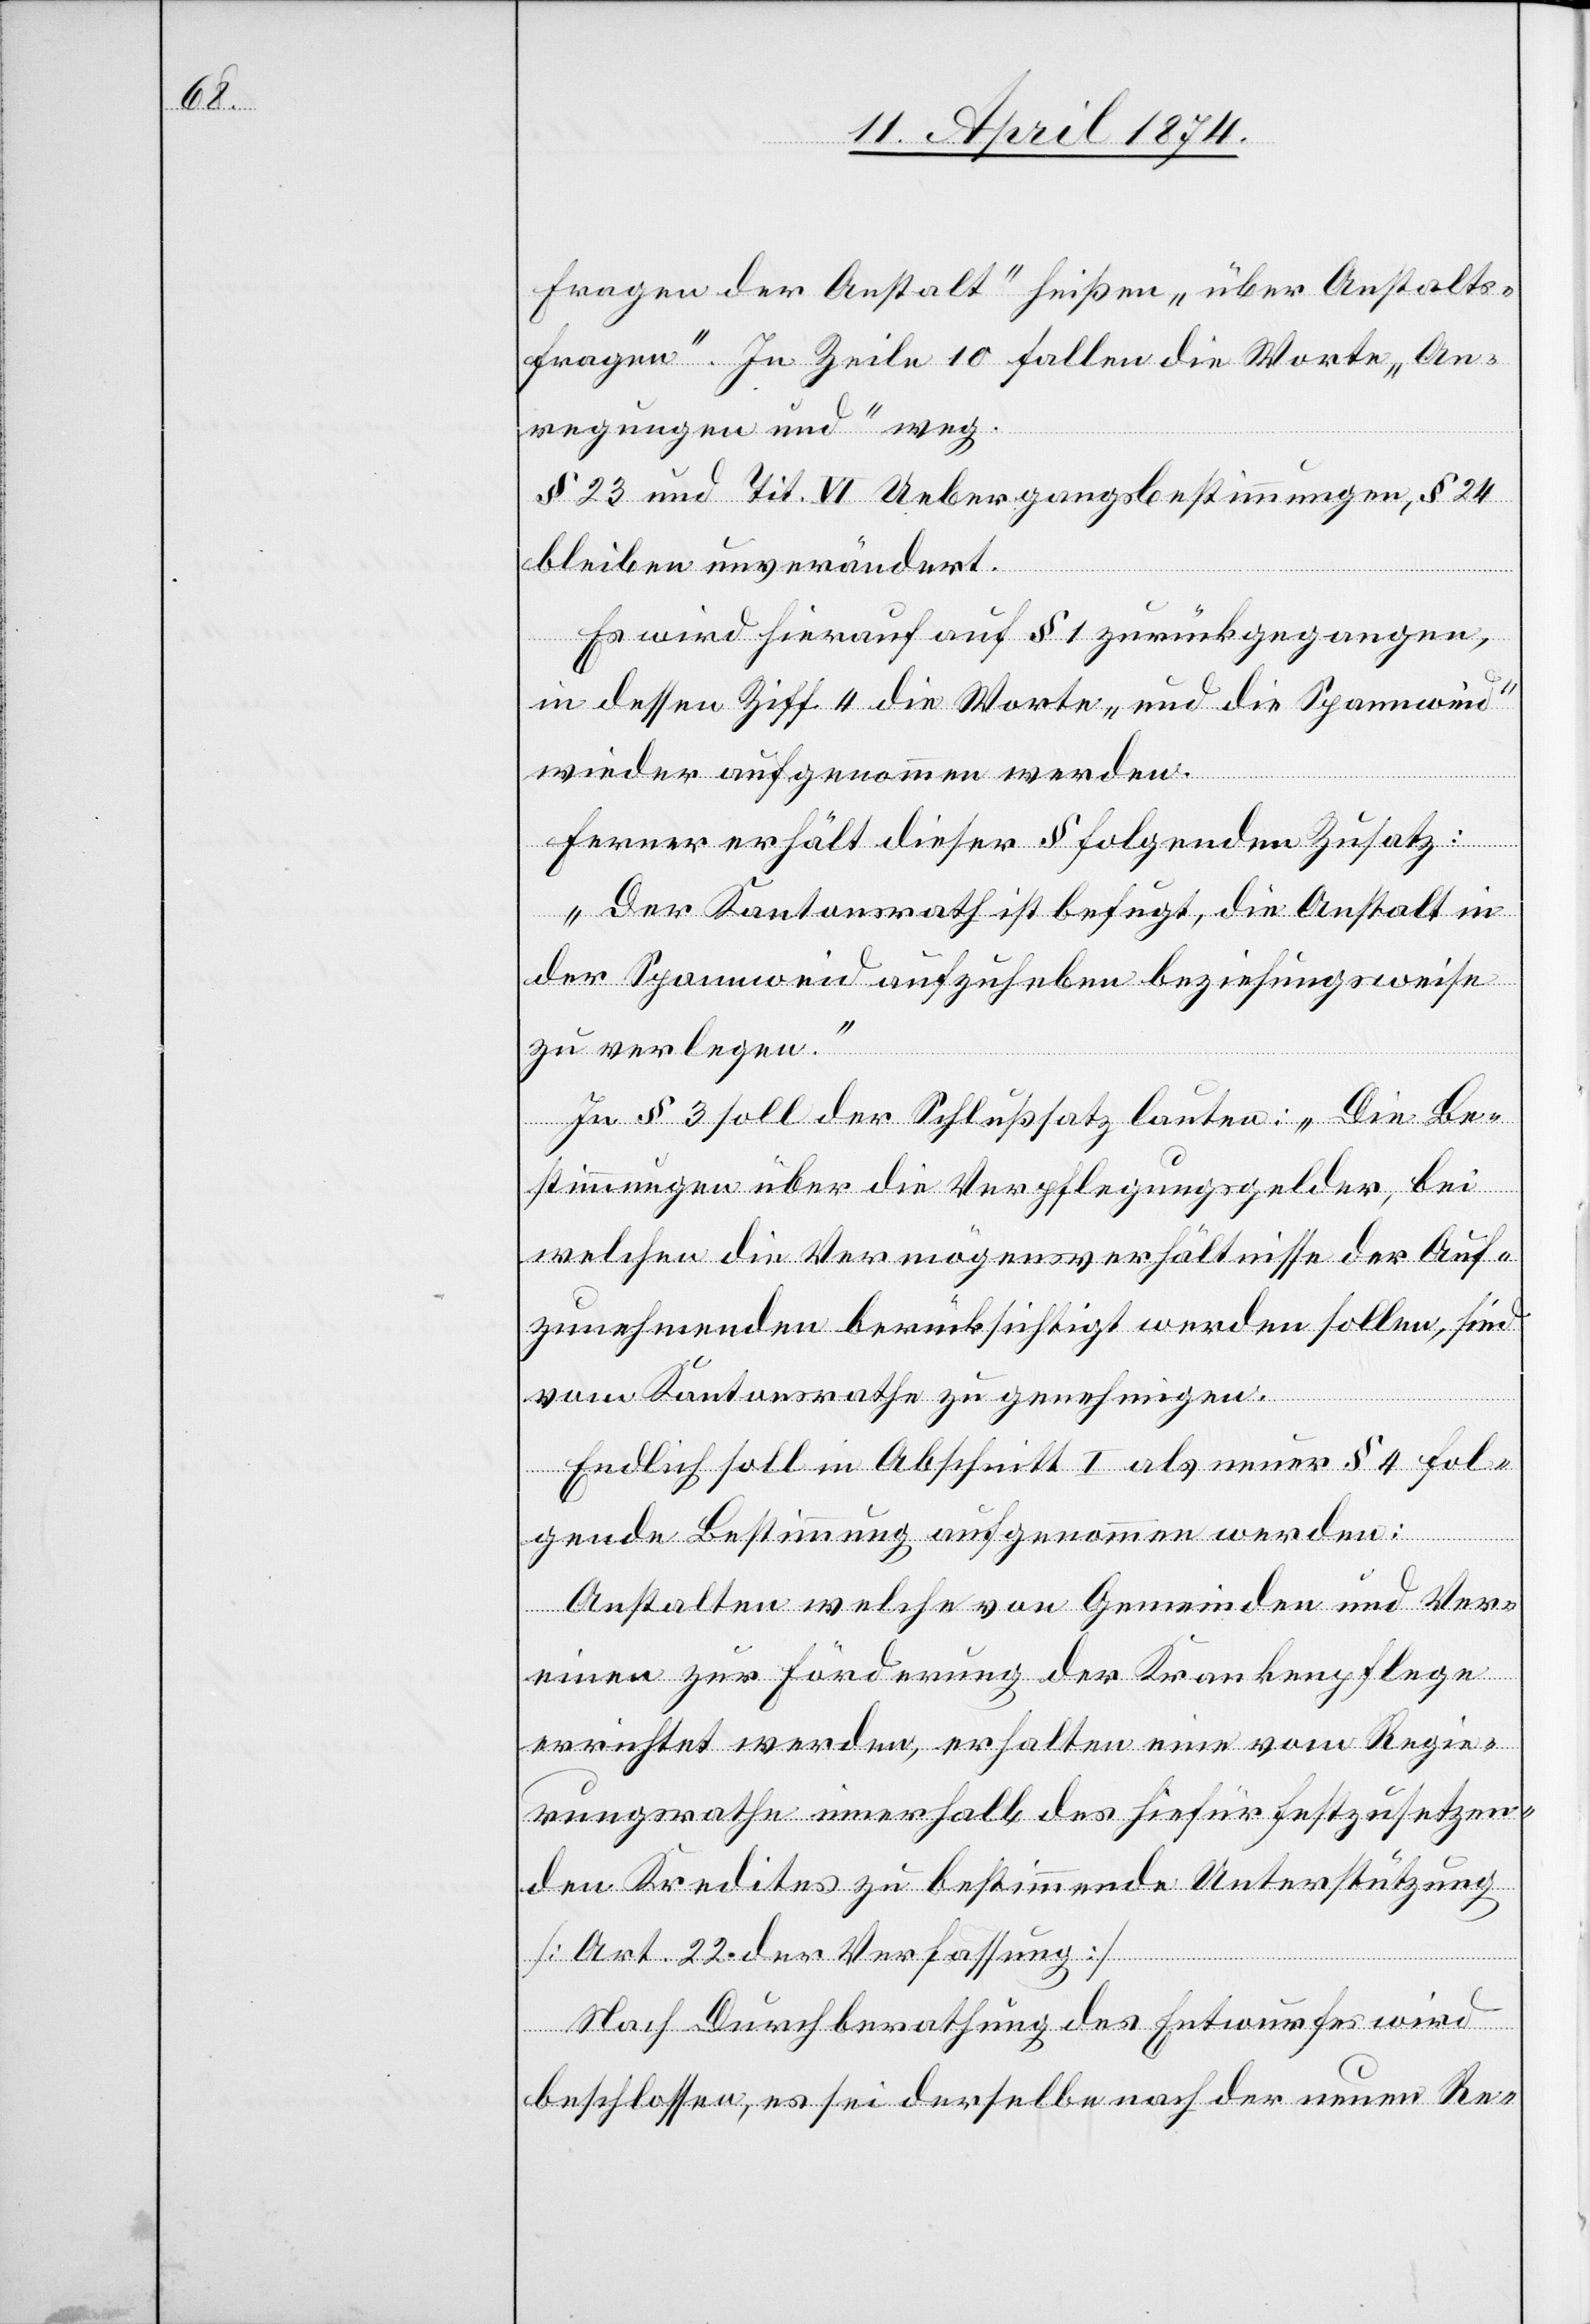
Fragen der Anstalt“ heißen „über Anstalts¬
fragen“. In Zeile 10 fallen die Worte „An¬
regungen und“ weg.
§ 23 und Tit. VI Uebergangsbestimmungen, § 24
bleiben unverändert.
Es wird hierauf auf § 1 zurückgegangen,
in dessen Ziff. 4 die Worte „und die Spannweid“
wieder aufgenommen werden.
Ferner erhält dieser § folgenden Zusatz:
„Der Kantonsrath ist befugt, die Anstalt in
der Spannweid aufzuheben beziehungsweise
zu verlegen.“
In § 3 soll der Schlußsatz lauten: „Die Be¬
stimmungen über die Verpflegungsgelder, bei
welchen die Vermögensverhältnisse der Auf¬
zunehmenden berücksichtigt werden sollen, sind
vom Kantonsrathe zu genehmigen.
Endlich soll im Abschnitt I als neuer § 4 fol¬
gende Bestimmung aufgenommen werden:
Anstalten welche von Gemeinden und Ver¬
einen zur Förderung der Krankenpflege
errichtet werden, erhalten eine vom Regie¬
rungsrathe innerhalb des hiefür festzusetzen¬
den Kredites zu bestimmende Unterstützung
[Art. 22 der Verfassung]
Nach Durchberathung des Entwurfes wird
beschlossen, es sei derselbe nach der neuen Re-